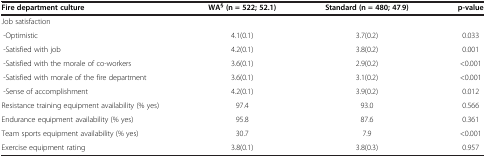
<table><thead><tr><td><b>Fire department culture</b></td><td><b>WA<sup>§</sup>(n = 522; 52.1)</b></td><td><b>Standard (n = 480; 47.9)</b></td><td><b>p-value</b></td></tr></thead><tbody><tr><td colspan="4">Job satisfaction</td></tr><tr><td> -Optimistic</td><td>4.1(0.1)</td><td>3.7(0.2)</td><td>0.033</td></tr><tr><td> -Satisfied with job</td><td>4.2(0.1)</td><td>3.8(0.2)</td><td>0.001</td></tr><tr><td> -Satisfied with the morale of co-workers</td><td>3.6(0.1)</td><td>2.9(0.2)</td><td>&lt;0.001</td></tr><tr><td> -Satisfied with morale of the fire department</td><td>3.6(0.1)</td><td>3.1(0.2)</td><td>&lt;0.001</td></tr><tr><td> -Sense of accomplishment</td><td>4.2(0.1)</td><td>3.9(0.2)</td><td>0.012</td></tr><tr><td>Resistance training equipment availability (% yes)</td><td>97.4</td><td>93.0</td><td>0.566</td></tr><tr><td>Endurance equipment availability (% yes)</td><td>95.8</td><td>87.6</td><td>0.361</td></tr><tr><td>Team sports equipment availability (% yes)</td><td>30.7</td><td>7.9</td><td>&lt;0.001</td></tr><tr><td>Exercise equipment rating</td><td>3.8(0.1)</td><td>3.8(0.3)</td><td>0.957</td></tr></tbody></table>